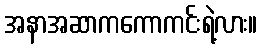
အနာအဆာကကောကင်းရဲ့လား။